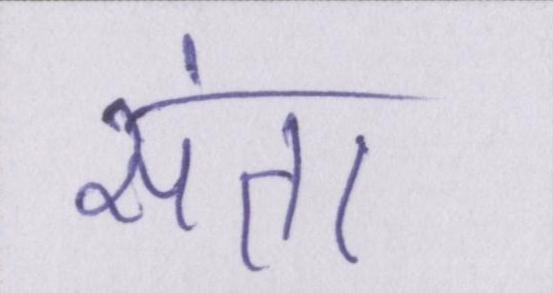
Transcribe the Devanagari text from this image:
संता